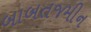
બાબતજમીન